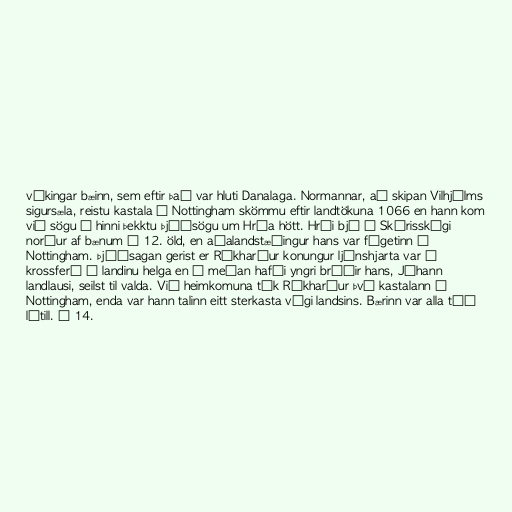
víkingar bæinn, sem eftir það var hluti Danalaga. Normannar, að skipan Vilhjálms
sigursæla, reistu kastala í Nottingham skömmu eftir landtökuna 1066 en hann kom
við sögu í hinni þekktu þjóðsögu um Hróa hött. Hrói bjó í Skírisskógi
norður af bænum á 12. öld, en aðalandstæðingur hans var fógetinn í
Nottingham. Þjóðsagan gerist er Ríkharður konungur ljónshjarta var í
krossferð í landinu helga en á meðan hafði yngri bróðir hans, Jóhann
landlausi, seilst til valda. Við heimkomuna tók Ríkharður því kastalann í
Nottingham, enda var hann talinn eitt sterkasta vígi landsins. Bærinn var alla tíð
lítill. Á 14.